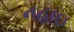
નહાઇ